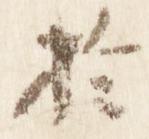
於